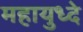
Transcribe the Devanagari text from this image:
महायुध्दे